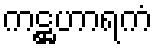
ကဋ္ဌဟာရကံ